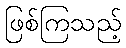
ဖြစ်ကြသည့်